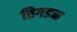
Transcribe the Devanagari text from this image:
तिगडम